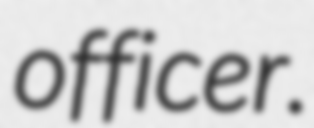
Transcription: officer.